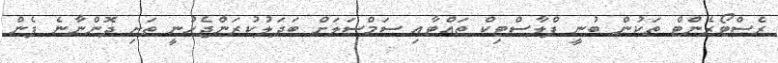
ރެސްޓޯރެންޓް ތަކުން ބުނީ ޕްލާސްޓިކް ތައްޓާއި ސަމްސަލަށް ބަދަލުކުރަންޖެހުނީ ތަށި ދޮންނާނެ ފެން